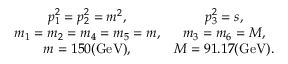
\begin{array} { c c } { { p _ { 1 } ^ { 2 } = p _ { 2 } ^ { 2 } = m ^ { 2 } , } } & { { p _ { 3 } ^ { 2 } = s , } } \\ { { m _ { 1 } = m _ { 2 } = m _ { 4 } = m _ { 5 } = m , } } & { { m _ { 3 } = m _ { 6 } = M , } } \\ { { m = 1 5 0 \mathrm { ( G e V ) } , } } & { { M = 9 1 . 1 7 \mathrm { ( G e V ) } . } } \end{array}